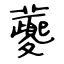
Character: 虁